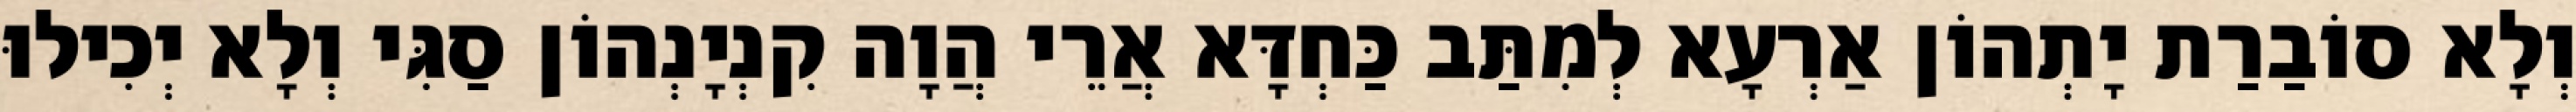
וְלָא סוֹבַרַת יָתְהוֹן אַרְעָא לְמִתַּב כַּחְדָּא אֲרֵי הֲוָה קִנְיָנְהוֹן סַגִּי וְלָא יְכִילוּ